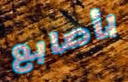
بأصابع